NAE_kihelkonnakohtute_kirjad_ja_protokollid_1869-1889, lk 8
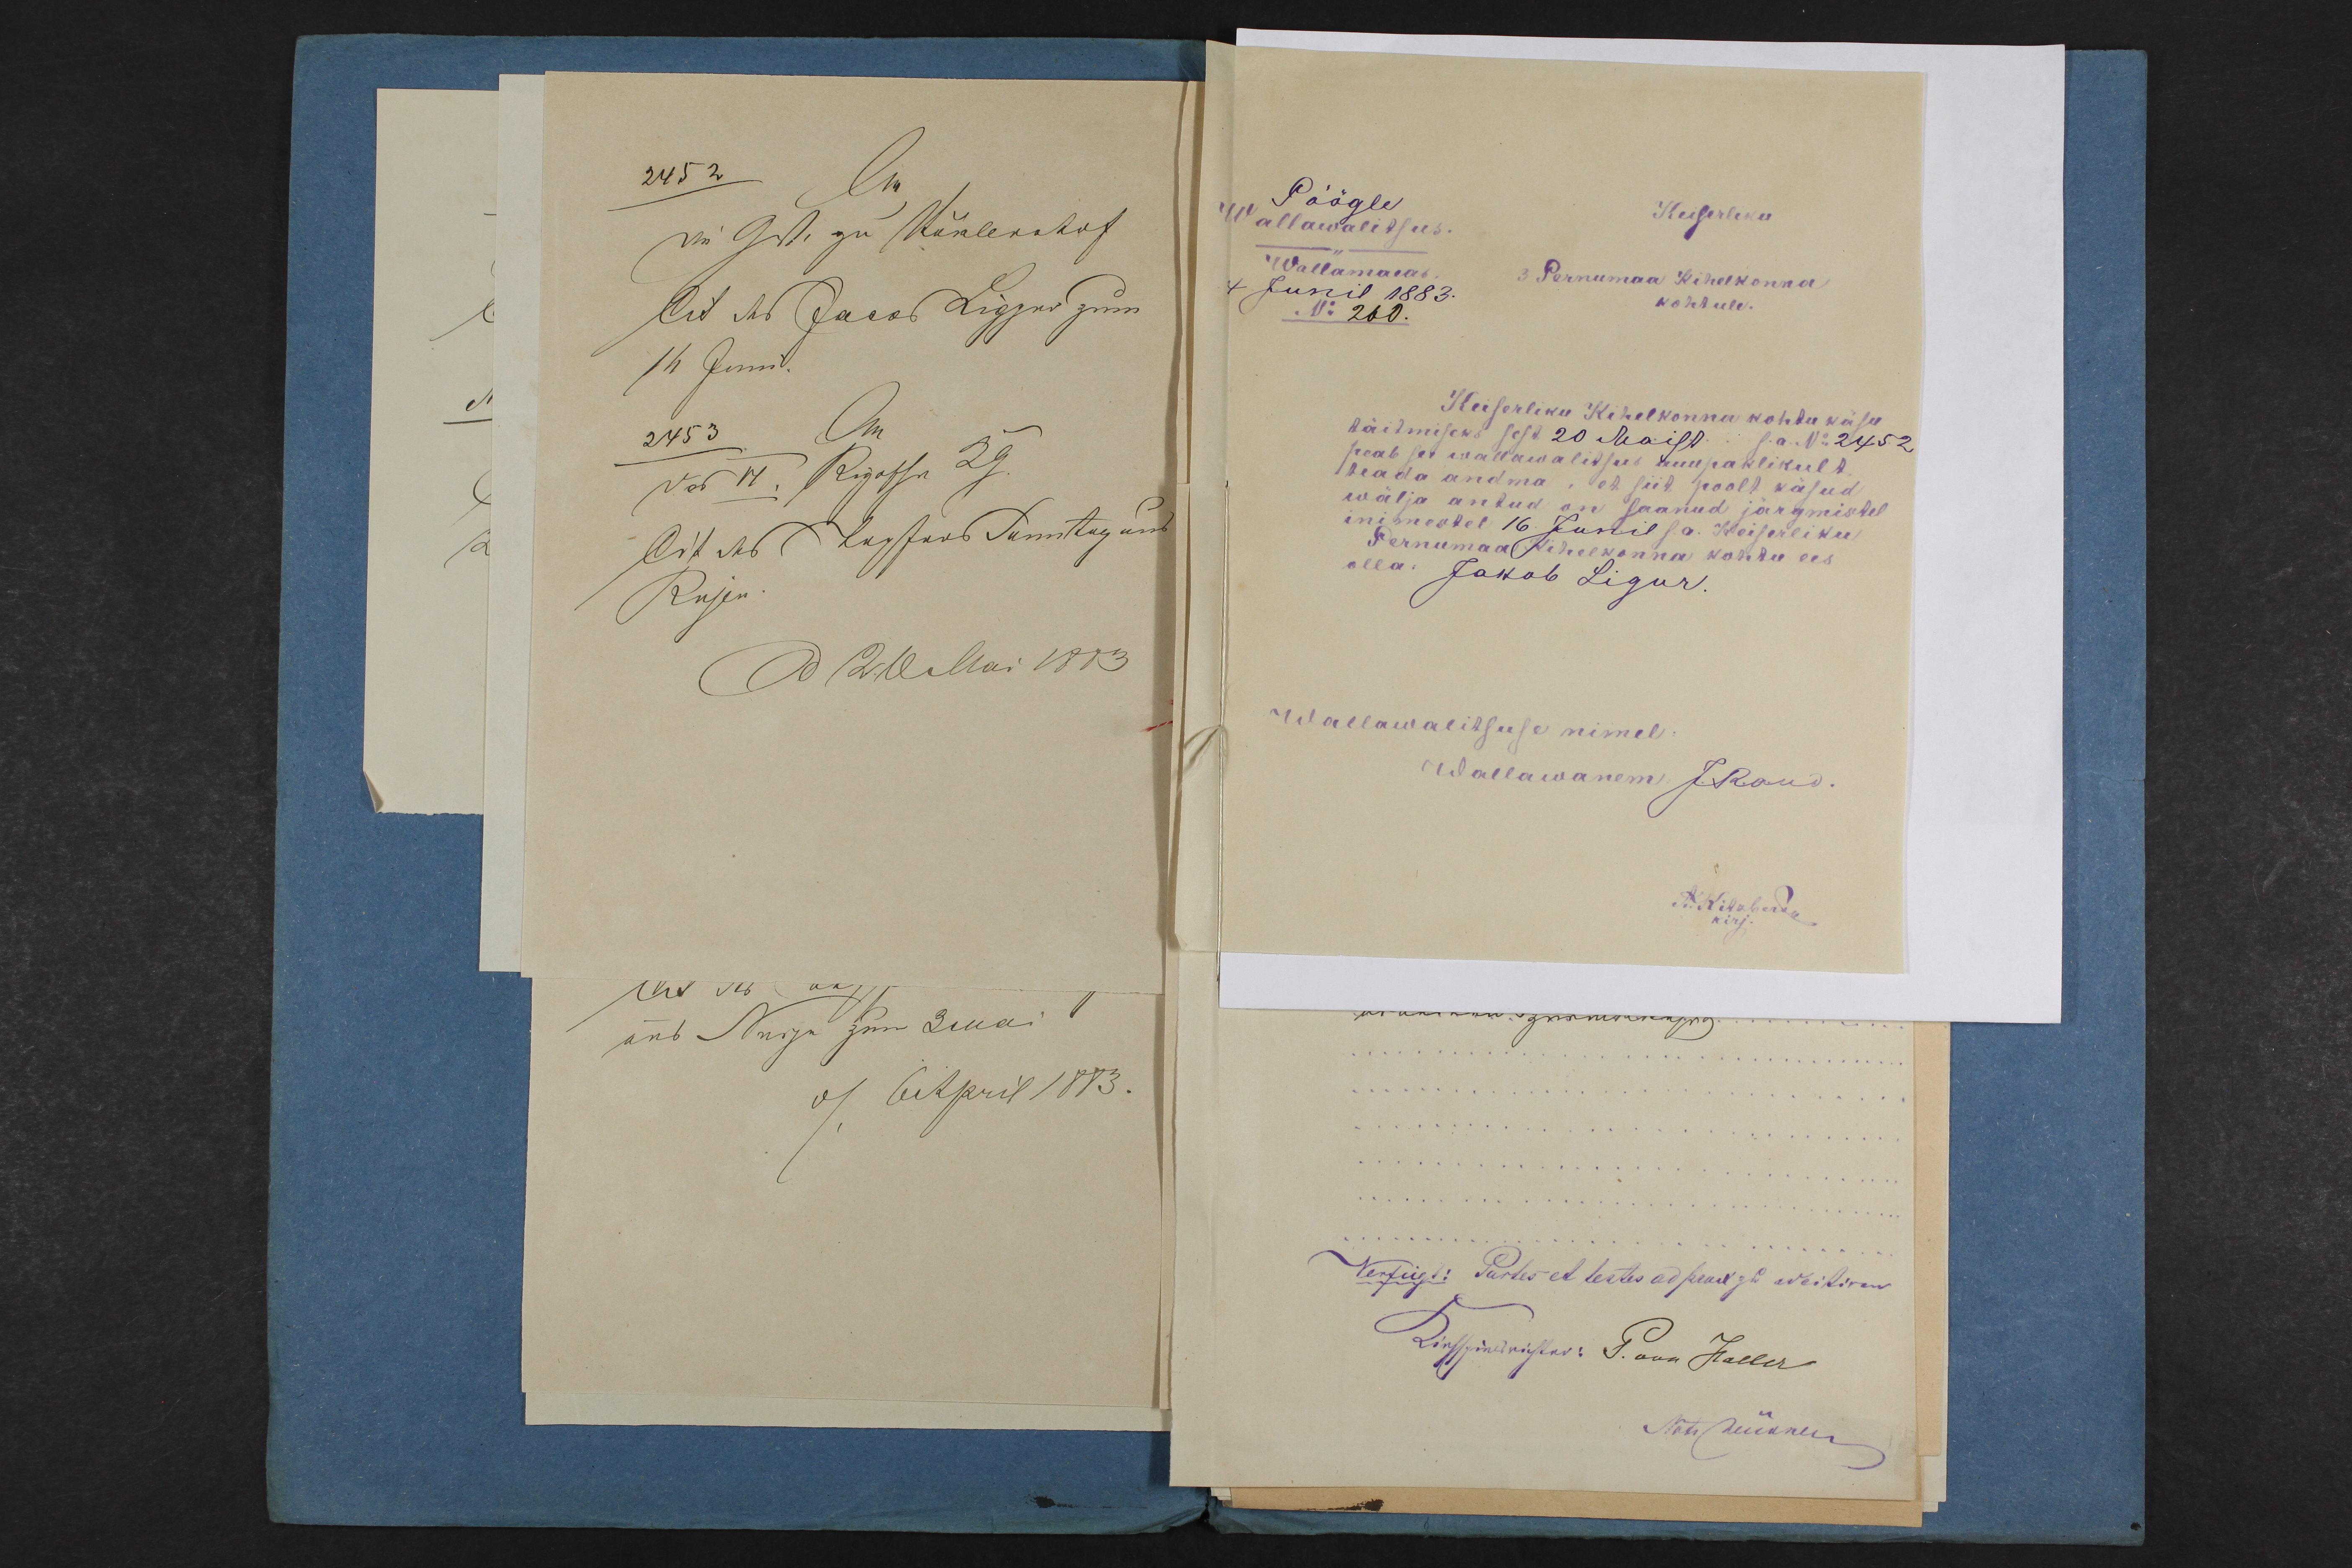
Pöögle
Keiserliku
Wallawalitsus.
Wallamaias
3 Pernumaa kihelkonna
4 Junil 1883.
kohhule.
N260
Keiserliku Kihelkonna kohtu käsu
täitmiseks sest 20 Maist s.a. No2452
peab see wallawalitsus auupaklikult
teada andma, et siit poolt käsud
wälja antud on saanud järgmistel
inimestel 16 Junil s.a. Keiserliku
Pernumaa Kihelkonna kohtu ees
olla: Jakob Ligur.
Wallawalitsuse nimel
Wallawanem J.Raud